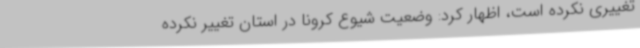
تغییری نکرده است، اظهار کرد: وضعیت شیوع کرونا در استان تغییر نکرده